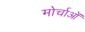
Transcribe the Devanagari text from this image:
मोर्चाओं